画像に写った文字を読んでください
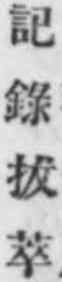
「記錄拔萃」と書いてあります